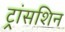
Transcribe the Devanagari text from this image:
ट्रांसशिन